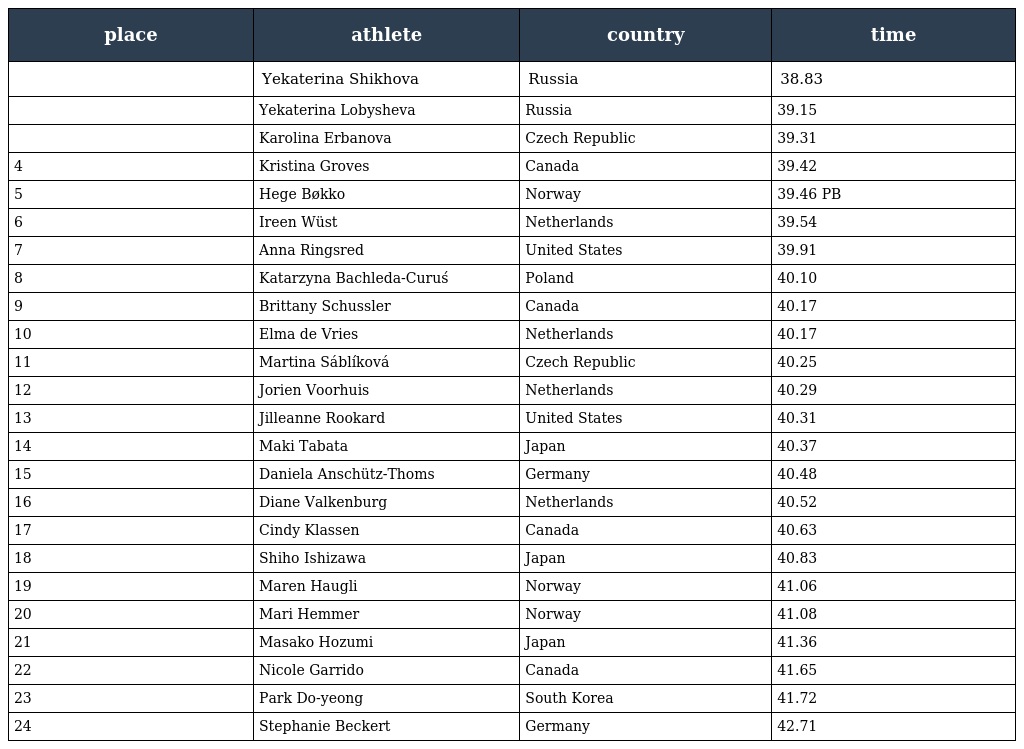
| place | athlete | country | time |
 | --- | --- | --- | --- |
 |  | Yekaterina Shikhova | Russia | 38.83 |
 |  | Yekaterina Lobysheva | Russia | 39.15 |
 |  | Karolina Erbanova | Czech Republic | 39.31 |
 | 4 | Kristina Groves | Canada | 39.42 |
 | 5 | Hege Bøkko | Norway | 39.46 PB |
 | 6 | Ireen Wüst | Netherlands | 39.54 |
 | 7 | Anna Ringsred | United States | 39.91 |
 | 8 | Katarzyna Bachleda-Curuś | Poland | 40.10 |
 | 9 | Brittany Schussler | Canada | 40.17 |
 | 10 | Elma de Vries | Netherlands | 40.17 |
 | 11 | Martina Sáblíková | Czech Republic | 40.25 |
 | 12 | Jorien Voorhuis | Netherlands | 40.29 |
 | 13 | Jilleanne Rookard | United States | 40.31 |
 | 14 | Maki Tabata | Japan | 40.37 |
 | 15 | Daniela Anschütz-Thoms | Germany | 40.48 |
 | 16 | Diane Valkenburg | Netherlands | 40.52 |
 | 17 | Cindy Klassen | Canada | 40.63 |
 | 18 | Shiho Ishizawa | Japan | 40.83 |
 | 19 | Maren Haugli | Norway | 41.06 |
 | 20 | Mari Hemmer | Norway | 41.08 |
 | 21 | Masako Hozumi | Japan | 41.36 |
 | 22 | Nicole Garrido | Canada | 41.65 |
 | 23 | Park Do-yeong | South Korea | 41.72 |
 | 24 | Stephanie Beckert | Germany | 42.71 |